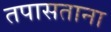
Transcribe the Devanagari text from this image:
तपासताना